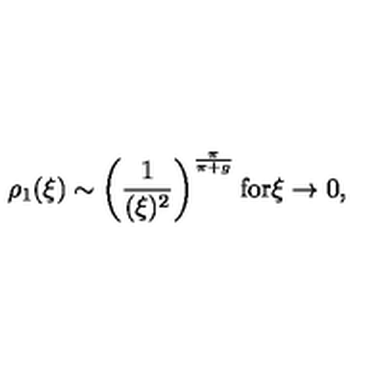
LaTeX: \rho _ { 1 } ( \xi ) \sim \left( \frac { 1 } { ( \xi ) ^ { 2 } } \right) ^ { \frac { \pi } { \pi + g } } \mathrm { f o r } \xi \rightarrow 0 ,